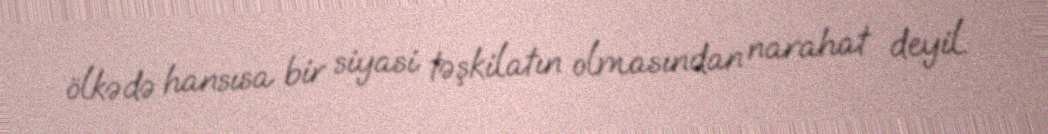
ölkədə hansısa bir siyasi təşkilatın olmasından narahat deyil.